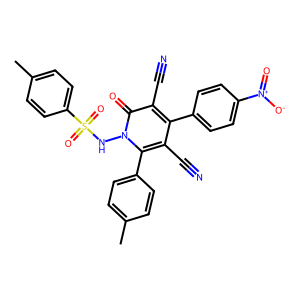
SMILES: Cc1ccc(-c2c(C#N)c(-c3ccc([N+](=O)[O-])cc3)c(C#N)c(=O)n2NS(=O)(=O)c2ccc(C)cc2)cc1
Inhibits HIV replication: No